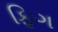
ફિગ